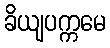
ခိယျပက္ကမေ